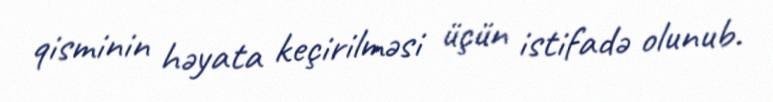
qisminin həyata keçirilməsi üçün istifadə olunub.